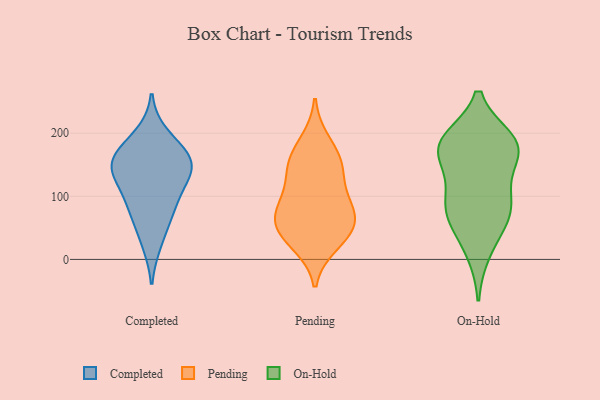
{"axis": {"x": "Gross Profit (USD K)", "y": "Value"}, "legend": ["Completed", "On-Hold", "Pending"], "data": [{"x": "", "y": 196, "type": "Completed"}, {"x": "", "y": 27, "type": "Completed"}, {"x": "", "y": 141, "type": "Completed"}, {"x": "", "y": 137, "type": "Completed"}, {"x": "", "y": 101, "type": "Completed"}, {"x": "", "y": 82, "type": "Completed"}, {"x": "", "y": 136, "type": "Completed"}, {"x": "", "y": 159, "type": "Completed"}, {"x": "", "y": 163, "type": "Completed"}, {"x": "", "y": 69, "type": "Completed"}, {"x": "", "y": 166, "type": "Completed"}, {"x": "", "y": 52, "type": "Pending"}, {"x": "", "y": 36, "type": "Pending"}, {"x": "", "y": 186, "type": "Pending"}, {"x": "", "y": 144, "type": "Pending"}, {"x": "", "y": 154, "type": "Pending"}, {"x": "", "y": 86, "type": "Pending"}, {"x": "", "y": 75, "type": "Pending"}, {"x": "", "y": 107, "type": "Pending"}, {"x": "", "y": 25, "type": "Pending"}, {"x": "", "y": 70, "type": "Pending"}, {"x": "", "y": 151, "type": "Pending"}, {"x": "", "y": 51, "type": "Pending"}, {"x": "", "y": 80, "type": "On-Hold"}, {"x": "", "y": 180, "type": "On-Hold"}, {"x": "", "y": 176, "type": "On-Hold"}, {"x": "", "y": 95, "type": "On-Hold"}, {"x": "", "y": 162, "type": "On-Hold"}, {"x": "", "y": 13, "type": "On-Hold"}, {"x": "", "y": 188, "type": "On-Hold"}, {"x": "", "y": 69, "type": "On-Hold"}, {"x": "", "y": 60, "type": "On-Hold"}, {"x": "", "y": 105, "type": "On-Hold"}, {"x": "", "y": 182, "type": "On-Hold"}, {"x": "", "y": 178, "type": "On-Hold"}]}